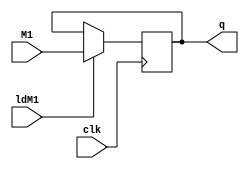
module register_5(M1, ldM1, clk, q);
  input [4:0] M1;
  input ldM1, clk;
  output [4:0] q;
  reg [4:0] q;
  
  always @(posedge clk)
    if (ldM1)
      q <= M1;
  
endmodule